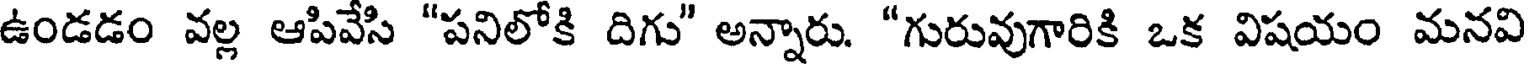
ఉండడం వల్ల ఆపివేసి "పనిలోకి దిగు" అన్నారు. "గురువుగారికి ఒక విషయం మనవి